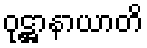
ဝုဋ္ဌာနာယာတိ